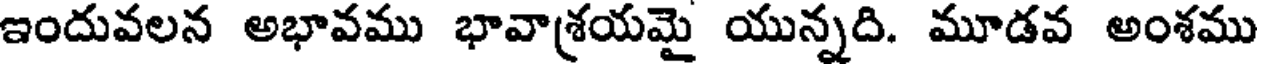
ఇందువలన అభావము భావాశ్రయమై యున్నది. మూడవ అంశము